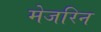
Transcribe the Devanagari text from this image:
मेजरिन